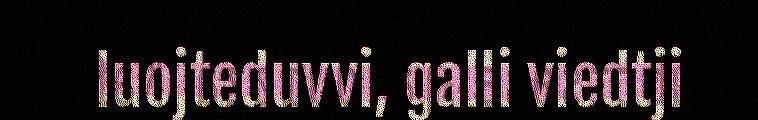
luojteduvvi, galli viedtji